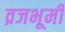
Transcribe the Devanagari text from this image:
व्रजभूमी